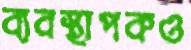
ব্যবস্থাপকও